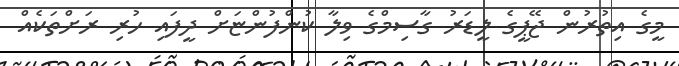
މީގެ އިތުރުން ޖޭޕީގެ ލީޑަރު ގާސިމްގެ ވިލާ ކުންފުންޏަށް ދީފައި ހުރި ރަށްތަކެއް